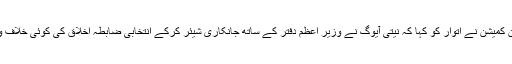
نئی دہلی: الیکشن کمیشن نے اتوار کو کہا کہ نیتی آیوگ نے وزیر اعظم دفتر کے ساتھ جانکاری شیئر کرکے انتخابی ضابطہ اخلاق کی کوئی خلاف ورزی نہیں کی۔